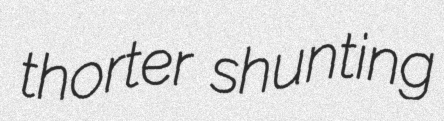
thorter shunting